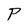
Character: P